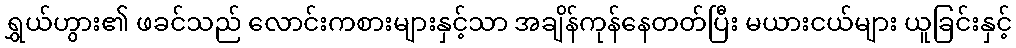
ရွှယ်ဟွား၏ ဖခင်သည် လောင်းကစားများနှင့်သာ အချိန်ကုန်နေတတ်ပြီး မယားငယ်များ ယူခြင်းနှင့်